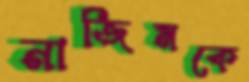
নাজিমকে